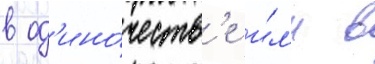
в од'ино́честв'е и́л'и в